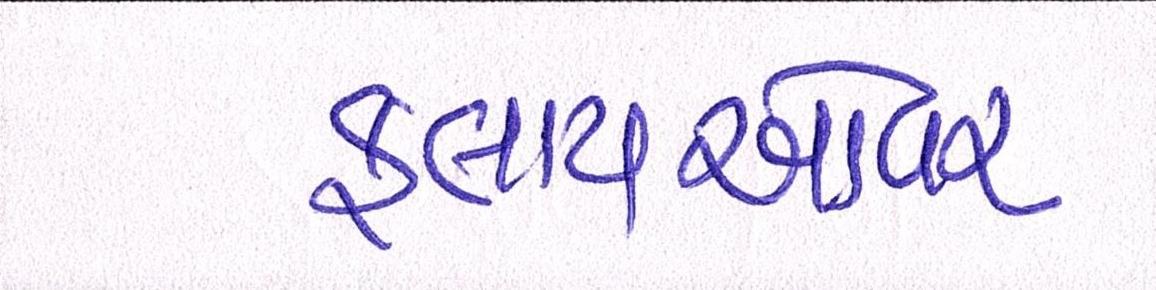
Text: ફ્લાયઓવર